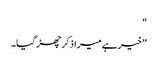
“
”خیر ہے میرا ذکر چھڑ گیا۔